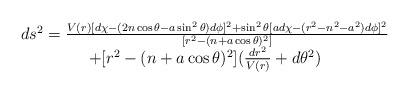
\begin{align*}\begin{array}{c}ds^{2}=\frac{V(r)[d\chi -(2n\cos \theta -a\sin ^{2}\theta )d\phi ]^{2}+\sin^{2}\theta \lbrack ad\chi -(r^{2}-n^{2}-a^{2})d\phi ]^{2}}{[r^{2}-(n+a\cos\theta )^{2}]} \\ +[r^{2}-(n+a\cos \theta )^{2}](\frac{dr^{2}}{V(r)}+d\theta ^{2})\end{array}\end{align*}